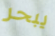
يبحر